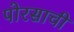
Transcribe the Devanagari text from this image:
पोरसाची